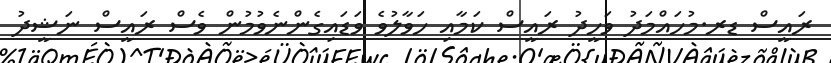
ރައީސް ޑރ.މުހައްމަދު ވަހީދު ރައީސް ކަމާއި ހަވާލުވެ ވަޑައިގެންނެވުމުން ވެސް ރައީސް ނަޝީދު